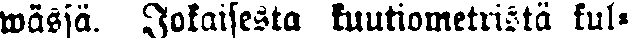
wässä. Jokaisesta kuutiometristä kul-